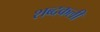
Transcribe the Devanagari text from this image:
शब्दकली